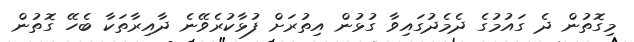
މިގޮތުން ދެ ގައުމުގެ ދެމެދުގައިވާ ގުޅުން އިތުރަށް ފުޅާކުރެވޭނެ ދާއިރާތަކާ ބެހޭ ގޮތުން